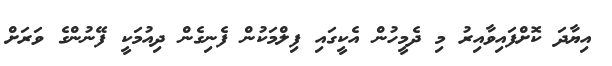
އިޔާދަ ކޮށްފައިވާއިރު މި ދެމީހުން އެކީގައި ފިލްމަކުން ފެނިގެން ދިއުމަކީ ފޭނުންގެ ވަރަށް